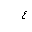
Letter: _ayn